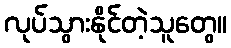
လုပ်သွားနိုင်တဲ့သူတွေ။